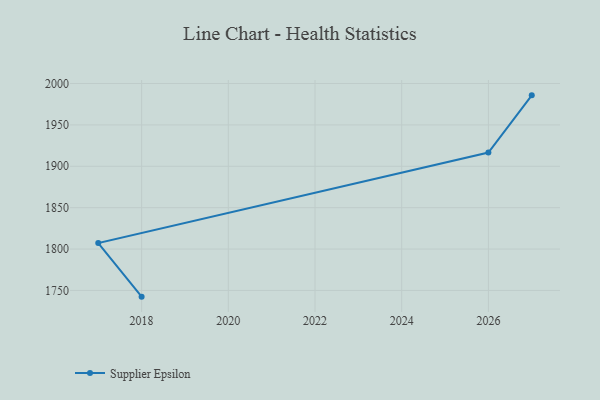
{"axis": {"x": "Year", "y": "Net Income (USD K)"}, "legend": ["Supplier Epsilon"], "data": [{"x": "2018", "y": 1742.5, "type": "Supplier Epsilon"}, {"x": "2017", "y": 1807.3, "type": "Supplier Epsilon"}, {"x": "2026", "y": 1916.6, "type": "Supplier Epsilon"}, {"x": "2027", "y": 1985.7, "type": "Supplier Epsilon"}]}